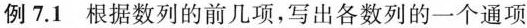
例7.1根据数列的前几项，写出各数列的一个通项